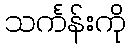
သင်္ကန်းကို